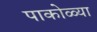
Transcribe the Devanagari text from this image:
पाकोळ्या